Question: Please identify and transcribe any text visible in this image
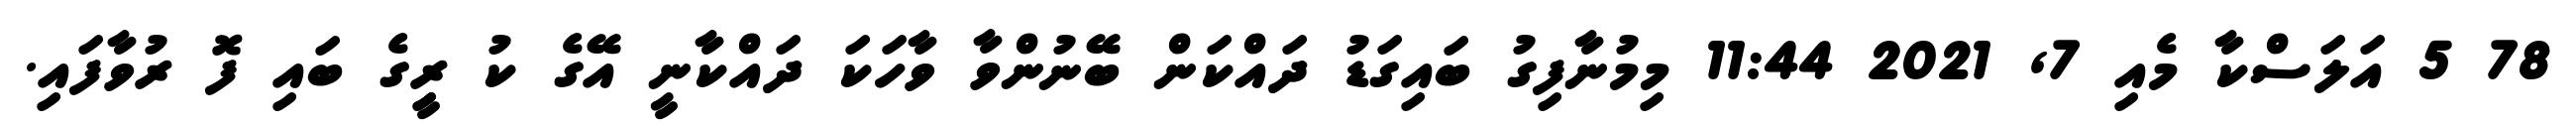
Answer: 78 5 އަލަސްކާ މެއި 7, 2021 11:44 މިމުނާފިގު ބައިގަޑު ދައްކަން ބޭނުންވާ ވާހަކަ ދައްކާނީ އޭގެ ކު ރީިގެ ބައި ފޮ ރުވާފައި.